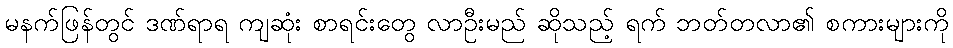
မနက်ဖြန်တွင် ဒဏ်ရာရ ကျဆုံး စာရင်းတွေ လာဦးမည် ဆိုသည့် ရက် ဘတ်တလာ၏ စကားများကို